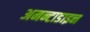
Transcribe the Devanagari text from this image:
अमन्टाडाइन